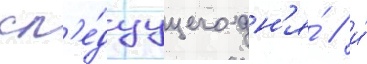
сл'е́дуущего дн'я́ / и́